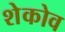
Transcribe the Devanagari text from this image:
शेकोव